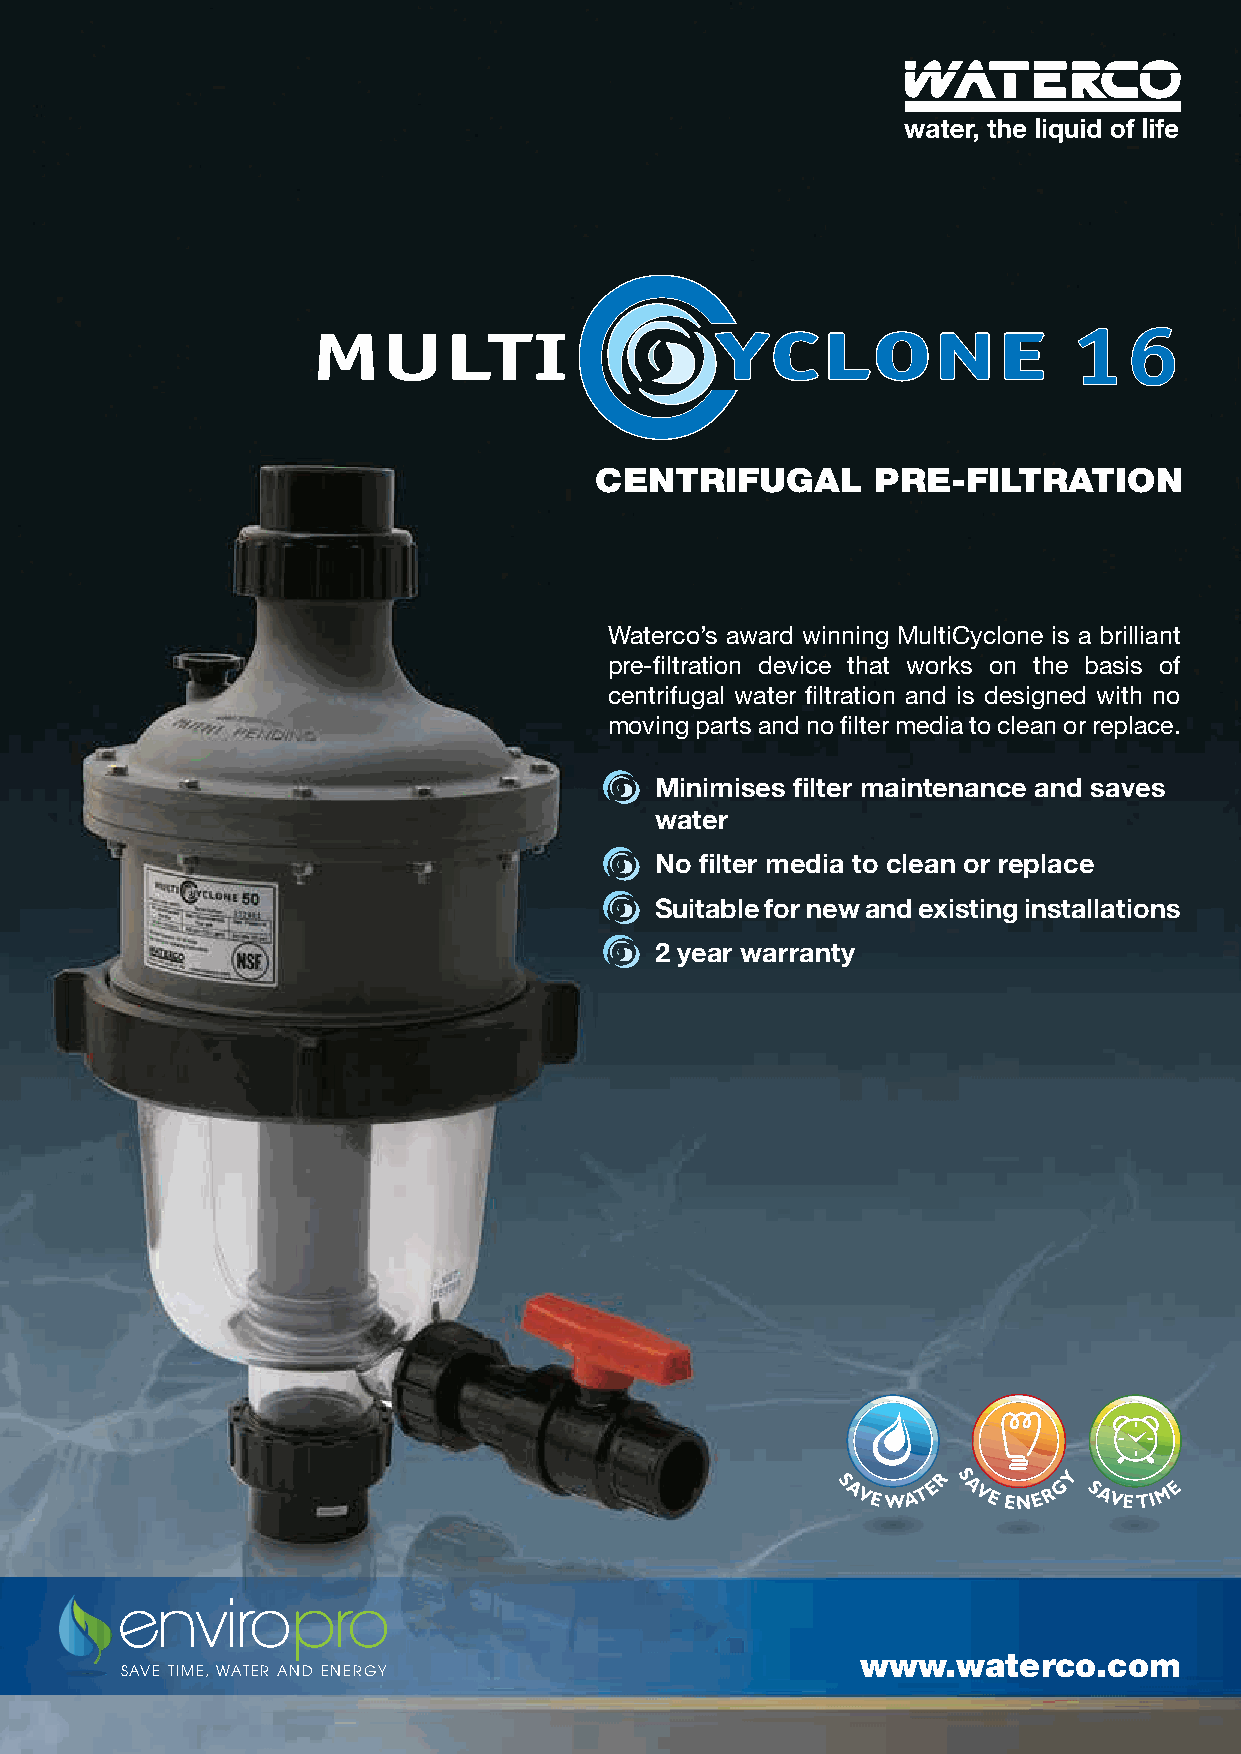
16
 centrifugal        pre-filtration
 Waterco’s award winning MultiCyclone is a brilliant
 pre-filtration device that works on the basis of
 centrifugal water filtration and is designed with no
 moving parts and no filter media to clean or replace.
 Minimises filter maintenance and saves
 water
 No filter media to clean or replace
 Suitable for new and existing installations
 2 year warranty
 www.waterco.com
 Save time, water and energy